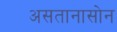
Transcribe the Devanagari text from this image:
असतानासोन